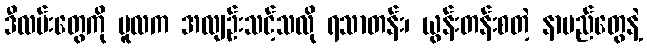
ဒီလမ်းတွေကို မူလက အလျဉ်းသင့်သလို ရသာတန်း၊ ယွန်းတန်းစတဲ့ နာမည်တွေနဲ့